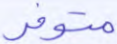
متوفر